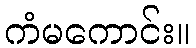
ကံမကောင်း။